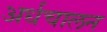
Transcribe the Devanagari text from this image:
अर्धचालन